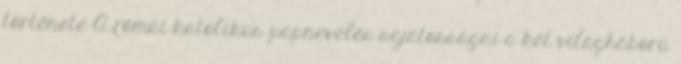
története A római katolikus papnevelés sajátosságai a két világháború